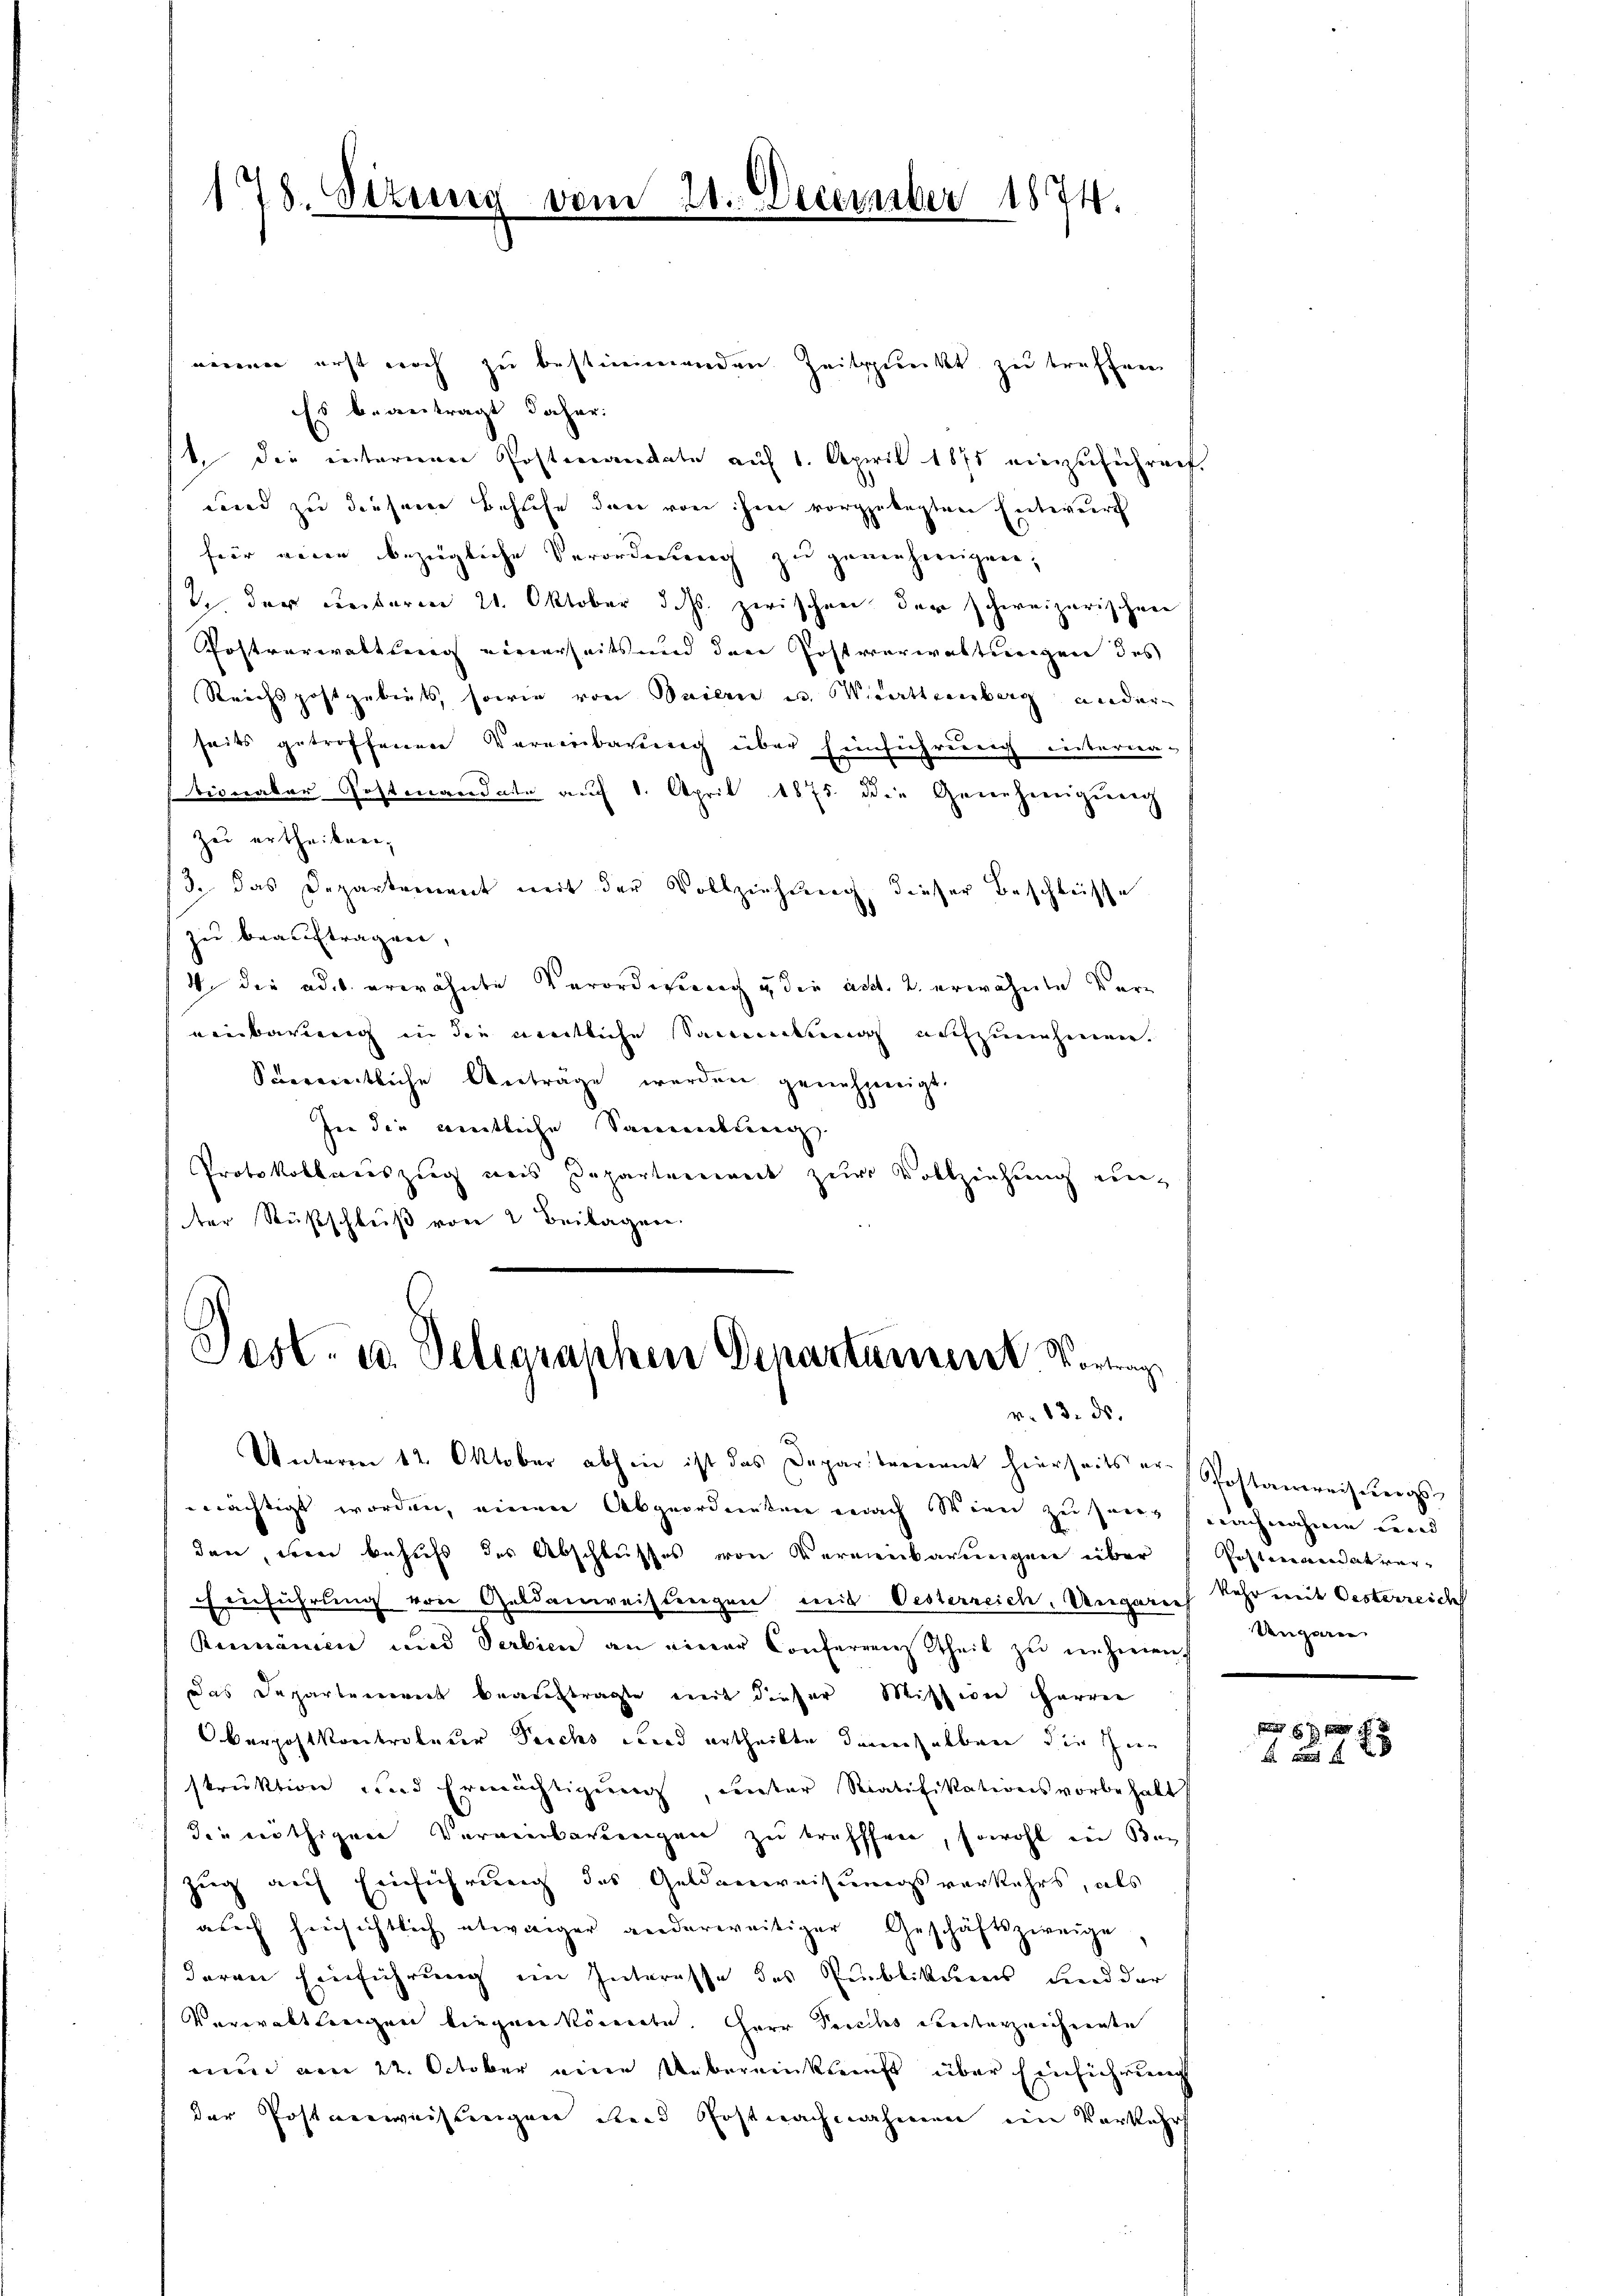
178. Sizung vom 21. December 1874.

einen erst noch zu bestimmenden Zeitpunkt zu treffen
Es beantragt daher:
st, die internen Postmandate auf 1. April 1875 einzuführenf.
und zu diesem Besuche den von ihm vorgelegten Entwurf
für eine bezügliche Verordnung zu genehmigen;
2 der Leiterm 21. Oktober d. Js. zwischen der schweizerischen
Postverwaltung einerseits und den Postverwaltungen des
Reichs postgebiets, sowie von Sailen u. Krattenberg ander
seits getroffenen Vereinbarung über Einführung interna-
tion aber Postmandate auf 1. April 1875 die Genehmigung
Zu ertheilen.
/3. das Departement mit der Vollziehung, dieser Beschlüsse
zu beauftragen,
d die ad 1. erwähnte Verordnung u die acht. 2. erwähnte Vereinbarung in die mentliche Sammenkten nachzunehmen.
Scevereitliche Anträge werden genehmigt.
In die amtliche Sammlung
Protokollariszug aus Departenwerk zur Vollziehung ein-
ter Russchluß vor 2 Beilagen.

Post- u. Telegraphen Departement Vortrag
v. 13. ds.

Unteren 12. Oktober abhin ist das Departement hierseits ernächtigt worden, einen Abgeordneten nach Wenn zu sei-
dare, wenn behufs des Abschlusses von Vermenkarneigen über
Einführung von Geldanweistungen mit Oesterreich. Ungerech kehr mit Oesterreicht
Rumänien und Verbien an einer Conferrenz Theil zu nehmen.
das Departement beauftragte mit dieser Mission harren
Oberpostkontroleuer Teichs wird ertheilte demselben die Inn
struktion und Ermächtigung, unter Ratifikationsvorbehalt
die nöthigen Vereinbarungen zu treffen, sowohl in Bezug auf Einführung des Geldenweisungsverkehrs, als
aŭch hinsichtlich etwaiger anderweitiger Geschäftszweige,
deren Einführung im Interesse des Publikums und der
Verwaltherigen liegen könnte. Herr Pacches Kenterzeichnente
nun am 22. October eine Uebereinkunft über Einsicherung
der Postanweisungen und Postnachnahmen eine Vorkehr

Postanweisungs
achnahmen wird.
Pestandat ver¬
Ungere

6 f 0 x